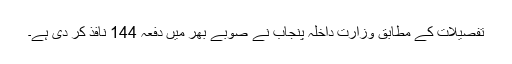
تفصیلات کے مطابق وزارت داخلہ پنجاب نے صوبے بھر میں دفعہ 144 نافذ کر دی ہے۔